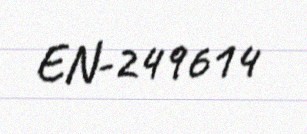
EN-249614